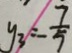
y _ { 3 } = - \frac { 7 } { 5 }